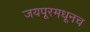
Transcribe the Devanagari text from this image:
जयपूरमधूनच